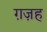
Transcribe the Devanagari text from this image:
ग़ज़ह